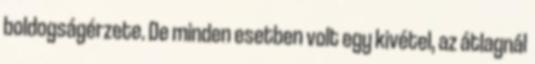
boldogságérzete. De minden esetben volt egy kivétel, az átlagnál